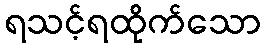
ရသင့်ရထိုက်သော